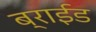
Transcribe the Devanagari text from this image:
ब्राईड